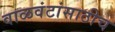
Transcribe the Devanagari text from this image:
वाळवंटांसाठीच